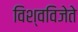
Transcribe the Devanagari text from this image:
विश्वविजेते